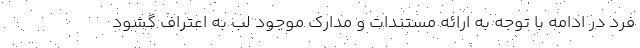
فرد در ادامه با توجه به ارائه مستندات و مدارک موجود لب به اعتراف گشود